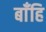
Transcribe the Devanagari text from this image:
बाँहि